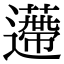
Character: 𨘬